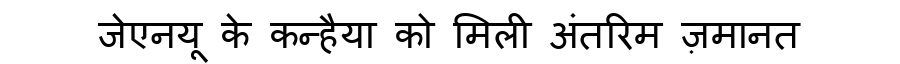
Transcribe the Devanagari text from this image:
जेएनयू के कन्हैया को मिली अंतरिम ज़मानत